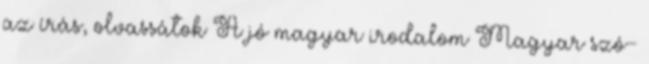
az írás, olvassátok A jó magyar irodalom Magyar szó-